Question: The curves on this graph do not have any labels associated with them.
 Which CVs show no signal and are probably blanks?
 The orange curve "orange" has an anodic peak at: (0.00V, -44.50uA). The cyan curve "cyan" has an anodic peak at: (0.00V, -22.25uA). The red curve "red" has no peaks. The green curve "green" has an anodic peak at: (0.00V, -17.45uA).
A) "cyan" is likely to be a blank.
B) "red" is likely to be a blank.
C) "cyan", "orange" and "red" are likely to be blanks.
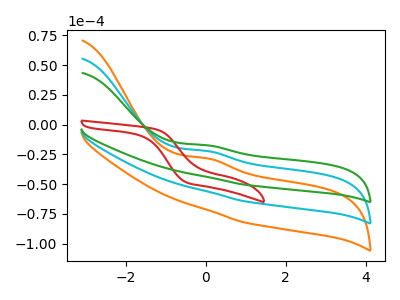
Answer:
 <answer>B) "red" is likely to be a blank.</answer>
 <eval>B</eval>